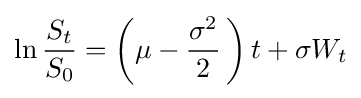
\ln {\frac {S_{t}}{S_{0}}}=\left(\mu -{\frac {\sigma ^{2}}{2}}\,\right)t+\sigma W_{t}